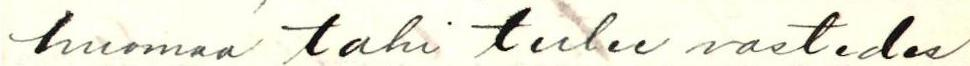
huomaa tahi tulee vastedes